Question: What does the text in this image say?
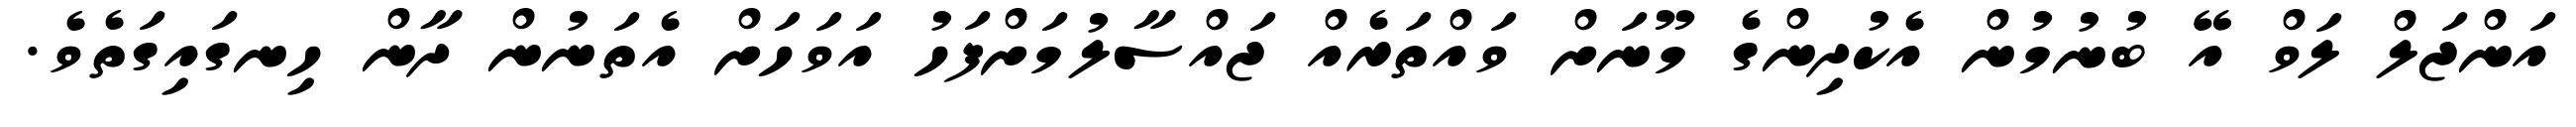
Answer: އަންޖަލް ލަވް އޭ ބުނުމުން އެކުދިންގެ މޫނަށް ވައްތަރެއް ޖައްސާލުމަށްފަހު އަވަހަށް އެތަނުން ދާން ހިނގައިގަތެވެ.